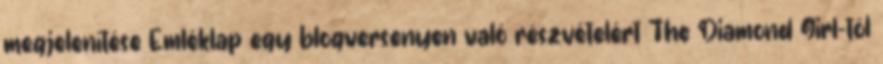
megjelenítése Emléklap egy blogversenyen való részvételért The Diamond Girl-től